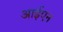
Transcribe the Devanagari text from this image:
आईएन